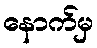
နောက်မှ